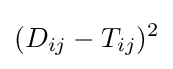
(D_{ij}-T_{ij})^{2}